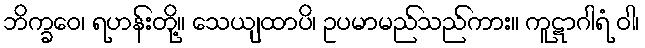
ဘိက္ခဝေ၊ ရဟန်းတို့။ သေယျထာပိ၊ ဥပမာမည်သည်ကား။ ကူဋာဂါရံ ဝါ၊